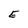
Character: E